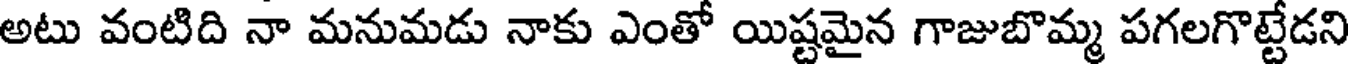
అటు వంటిది నా మనుమడు నాకు ఎంతో యిష్టమైన గాజుబొమ్మ పగలగొట్టేడని